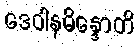
ဒေဝါနမိန္ဒောတိ